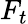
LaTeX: F_{t}